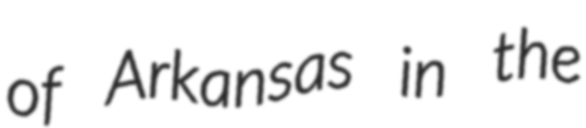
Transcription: of Arkansas in the